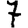
Digit: 7